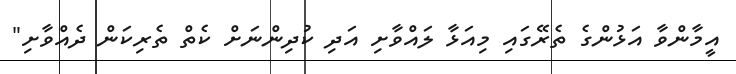
އީމާންވާ އަޅުންގެ ތެރޭގައި މިއަޅާ ލައްވާށި އަދި ކުދިންނަށް ކެތް ތެރިކަން ދެއްވާށި"